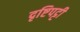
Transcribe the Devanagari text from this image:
दृष्टिपट्टी